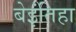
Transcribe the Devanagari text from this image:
बेइंतिहा